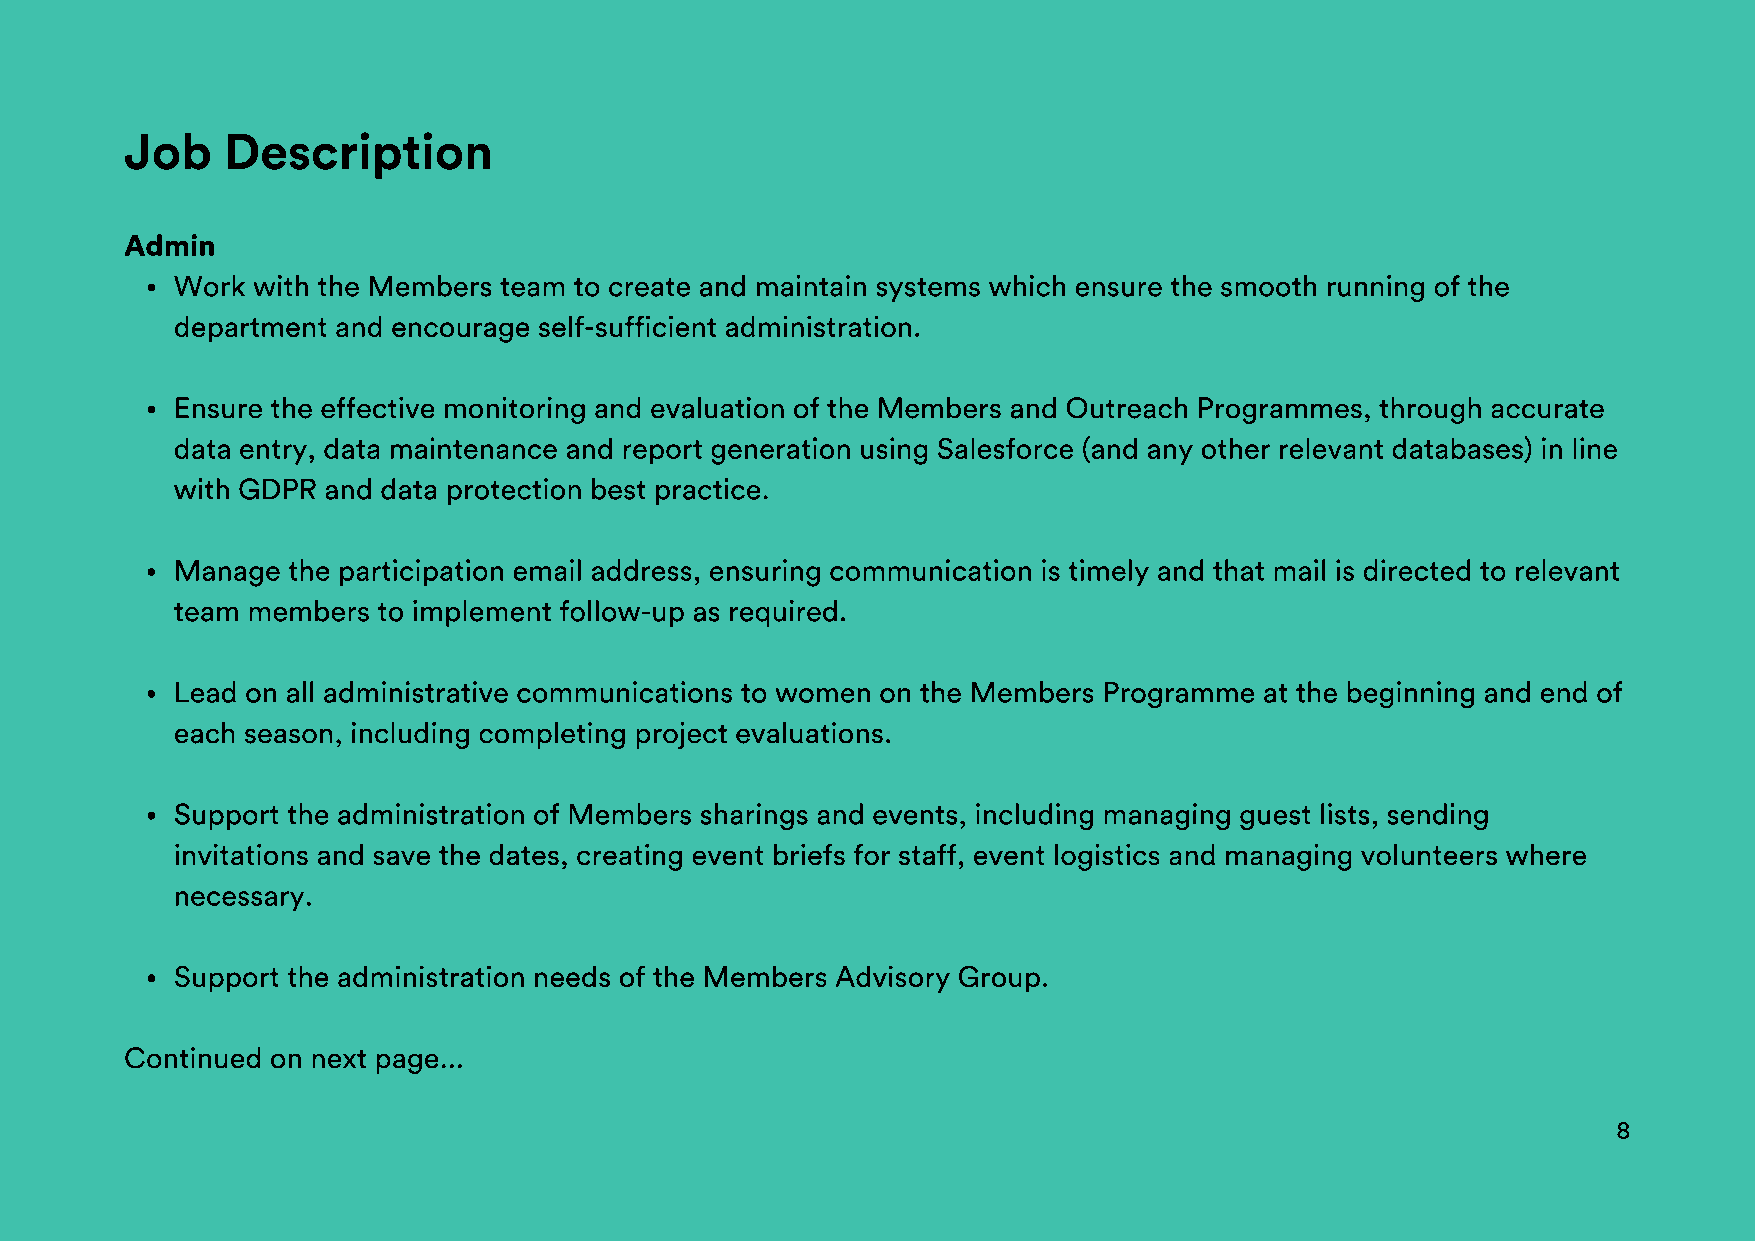
Job    Description
 Admin
 Work  with the Members team to create and maintain systems which ensure the smooth running of the
 department and encourage self-sufficient administration.
 Ensure the effective monitoring and evaluation of the Members and Outreach Programmes, through accurate
 data entry, data maintenance and report generation using Salesforce (and any other relevant databases) in line
 with GDPR and data protection best practice.
 Manage  the participation email address, ensuring communication is timely and that mail is directed to relevant
 team members  to implement follow-up as required.
 Lead on all administrative communications to women on the Members Programme at the beginning and end of
 each season, including completing project evaluations.
 Support the administration of Members sharings and events, including managing guest lists, sending
 invitations and save the dates, creating event briefs for staff, event logistics and managing volunteers where
 necessary.
 Support the administration needs of the Members Advisory Group.
 Continued on next page...
 8